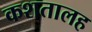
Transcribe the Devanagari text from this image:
कशतालह